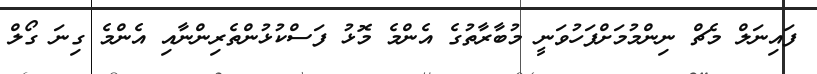
ފައިނަލް މެޗް ނިންމުމަށްފަހުވަނީ މުބާރާތުގެ އެންމެ މޮޅު ފަސްކުޅުންތެރިންނާއި އެންމެ ގިނަ ގޯލް